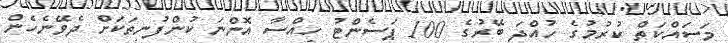
މަސައްކަތް ކުރުމުގެ ހުއްދަ ބޭރުގެ 100 ޕަސެންޓު ހިއްސާ އޮންނަ ކުންފުނިތަކަށް ދެވޭނެހެން